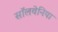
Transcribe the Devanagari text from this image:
सॉलवेनिया